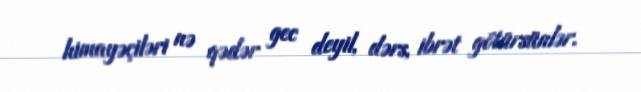
himayəçiləri nə qədər gec deyil, dərs, ibrət götürsünlər.